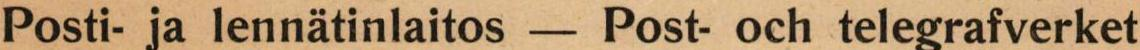
Posti- ja lennätinlaitos - Post- och telegrafverket